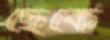
ছেঁকে